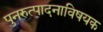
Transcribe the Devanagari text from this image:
पुनरुत्पादनाविषयक